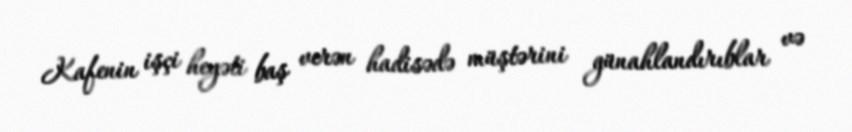
Kafenin işçi heyəti baş verən hadisədə müştərini günahlandırıblar və